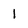
Character: 1